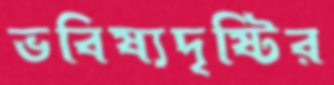
ভবিষ্যদৃষ্টির